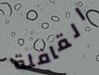
القافلة